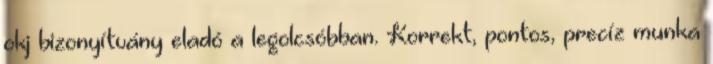
okj bizonyítvány eladó a legolcsóbban. Korrekt, pontos, precíz munka